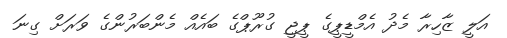
އަލީ ޒާހިރާ މެދު އެމްޑީޕީގެ ޕީޖީ ގުރޫޕްގެ ބައެއް މެންބަރުންގެ ވަރަށް ގިނަ